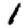
Digit: 1